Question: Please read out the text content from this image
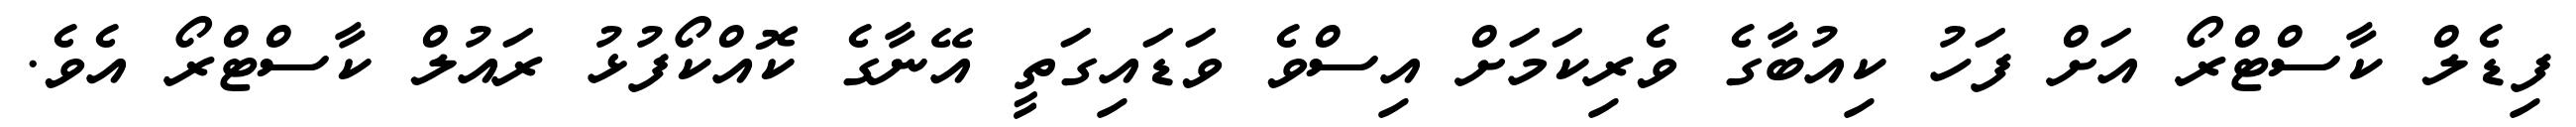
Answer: ފިޑެލް ކާސްޓްރޯ އަށް ފަހު ކިއުބާގެ ވެރިކަމަށް އިސްވެ ވަޑައިގަތީ އޭނާގެ ކޮއްކޯފުޅު ރައުލް ކާސްޓްރޯ އެވެ.